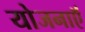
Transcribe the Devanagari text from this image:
योजनाऍं